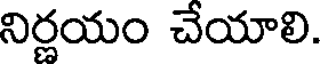
నిర్ణయం చేయాలి.